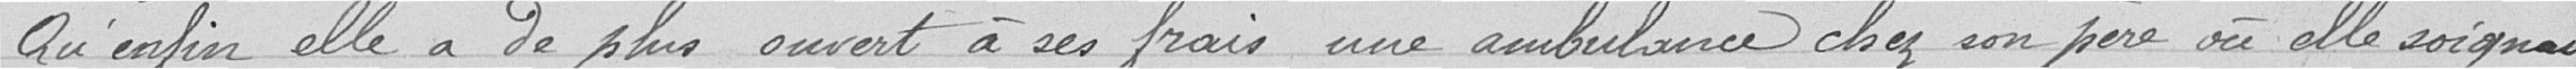
Qu'enfin, elle a de plus ouvert à ses frais une ambulance chez un père où elle soignait